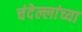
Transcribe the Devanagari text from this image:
चंदेल्लांच्या